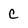
Character: c